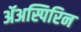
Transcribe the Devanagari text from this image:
ॲअस्पिरिन